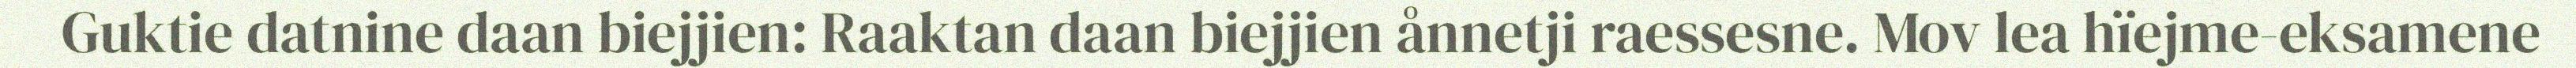
Guktie datnine daan biejjien: Raaktan daan biejjien ånnetji raessesne. Mov lea hïejme-eksamene